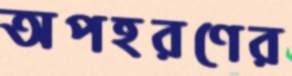
অপহরণের